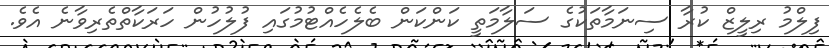
ފިލްމު ރިލީޒް ކުރާ ސިނަމާތަކުގެ ސަލާމަތީ ކަންކަން ބެލެހެއްޓުމުގައި ފުލުހުން ހަރަކާތްތެރިވާނެ އެވެ.